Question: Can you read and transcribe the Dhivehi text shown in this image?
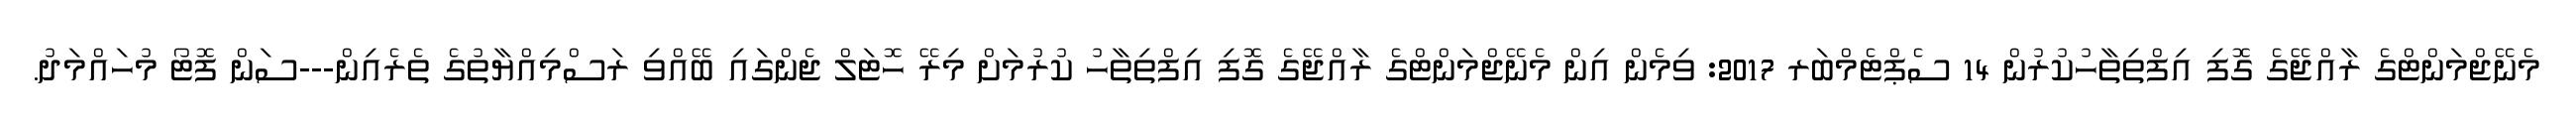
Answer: މެނޭޖްމަންޓްގެ ރާއްޖޭގެ ގޮފި އިފްތިތާހުކުރުން 14 ސެޕްޓެމްބަރ 2017: ވިމެން އިން މެނޭޖްމަންޓްގެ ރާއްޖޭގެ ގޮފި އިފްތިތާހު ކުރުމަށް މިރޭ ހޮޓަލް ޖެންގައި ބޭއްވި ރަސްމިއްޔާތުގެ ތެރެއިން---ސަން ފޮޓޯ މުހައްމަދު.